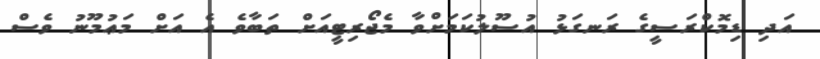
އަދި ޑިމޮކްރަސީގެ ރަނގަޅު އުސޫލުކަމަށްވާ މެޖޯރިޓީއަށް ތަބާވެ އެ އަށް މަޢުމޫނު ވެސް